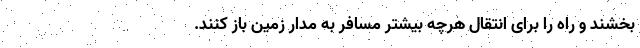
بخشند و راه را برای انتقال هرچه بیشتر مسافر به مدار زمین باز کنند.